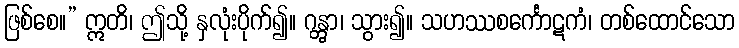
ဖြစ်စေ။” ဣတိ၊ ဤသို့ နှလုံးပိုက်၍။ ဂန္တွာ၊ သွား၍။ သဟဿစင်္ကောဋကံ၊ တစ်ထောင်သော